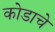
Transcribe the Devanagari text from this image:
कोडाचे